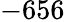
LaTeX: -656